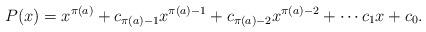
LaTeX: \begin{align*}P(x) = x^{\pi(a)} + c_{\pi(a) - 1}x^{\pi(a) - 1} + c_{\pi(a) - 2}x^{\pi(a) - 2} + \cdots c_1x + c_0.\end{align*}